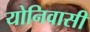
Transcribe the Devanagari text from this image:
योनिवासी